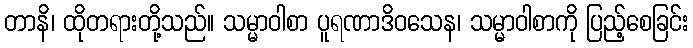
တာနိ၊ ထိုတရားတို့သည်။ သမ္မာဝါစာ ပူရဏာဒိဝသေန၊ သမ္မာဝါစာကို ပြည့်စေခြင်း